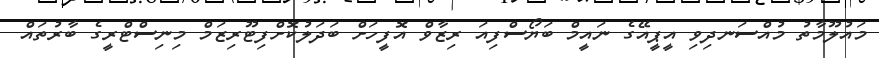
މައުލޫމާތު މުއްސަނދިވި އީޕީއޭގެ ނައީމް ބަޔޯސްފިއަ ރިޒާވް އޮފީހަށް ބަދަލުކޮށްފިޓޫރިޒަމް މިނިސްޓްރީގެ ބާރުތައް